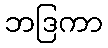
ဘဒြကာ